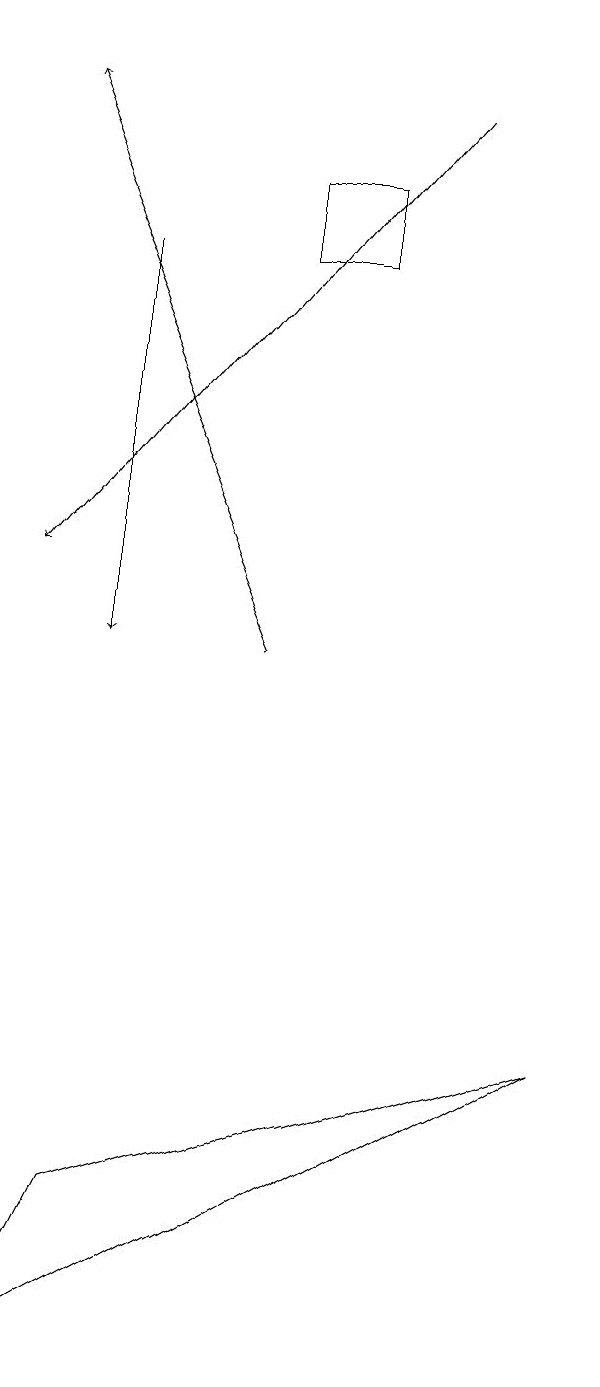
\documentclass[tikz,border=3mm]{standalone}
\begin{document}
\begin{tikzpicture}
\draw[->] (4,10) -- (1,17);
\draw[->] (2,15) -- (2,10);
\draw[->] (6,17) -- (1,11);
\draw (4,15) rectangle (5,16);
\draw (2,3) -- (8,5) -- (1,1) -- cycle;
\draw (5,18) rectangle (5,18);
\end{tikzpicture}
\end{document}